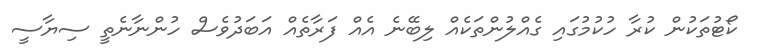
ކޯޓުތަކުން ކުރާ ހުކުމުގައި ގެއްލުންތަކެއް ލިބޭނެ އެއް ފަރާތެއް އަބަދުވެސް ހުންނާނެތީ ސިޔާސީ